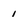
Character: l